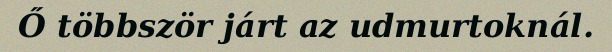
Ő többször járt az udmurtoknál.